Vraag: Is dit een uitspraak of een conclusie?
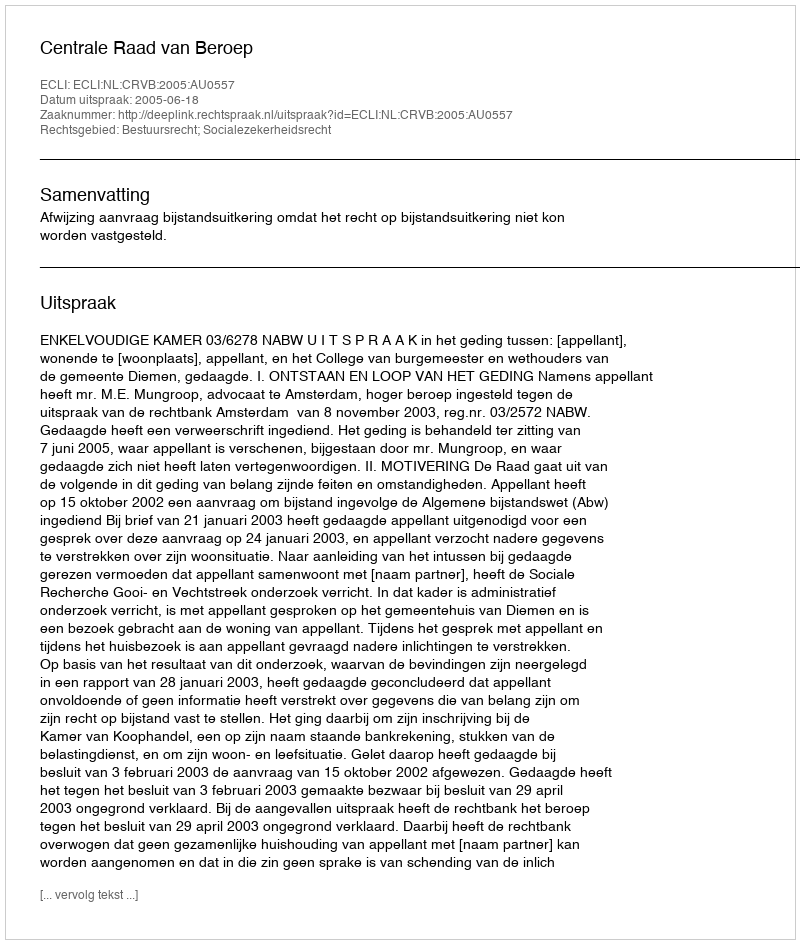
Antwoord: Uitspraak